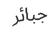
جبائر